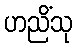
ဟညိံသု